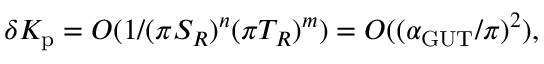
\delta K _ { \mathrm { p } } = { \cal O } ( 1 / ( \pi S _ { R } ) ^ { n } ( \pi T _ { R } ) ^ { m } ) = { \cal O } ( ( \alpha _ { \mathrm { G U T } } / \pi ) ^ { 2 } ) ,